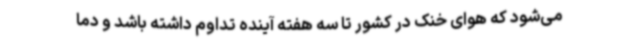
می‌شود که هوای خنک در کشور تا سه هفته آینده تداوم داشته باشد و دما